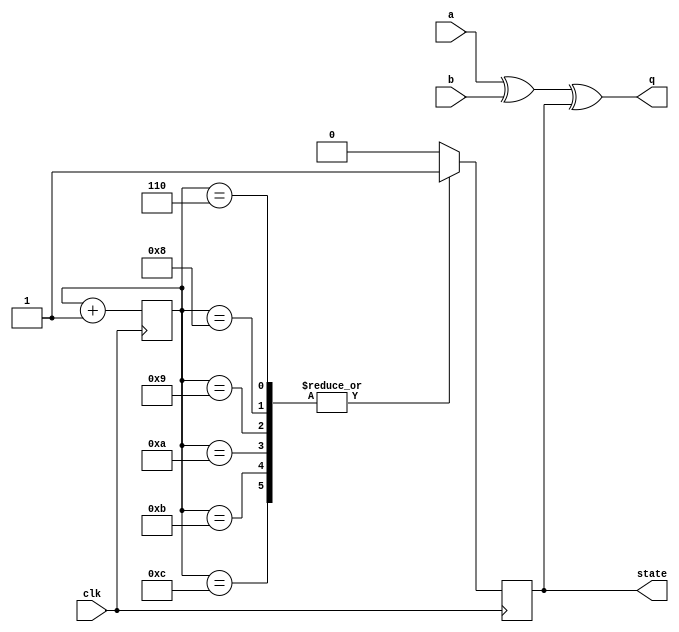
module top_module (
    input clk,
    input a,
    input b,
    output q,
    output state  );
    
    // Hacked, since most part of q and state is LOW.
    reg [8:0] counter;
    always@(posedge clk) begin
        counter<=counter+9'h1;
        case(counter)
            9'h6,9'h8,9'h9,9'hA,9'hB,9'hC:state<=1'b1;
        	default:state<=1'b0;
        endcase
    end
    
    assign q=a^b^state;

endmodule